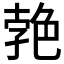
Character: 𦫛